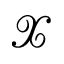
\mathcal { X }